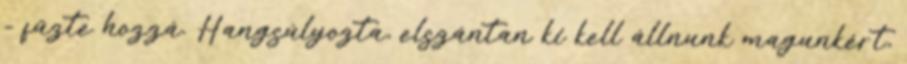
- fűzte hozzá. Hangsúlyozta, elszántan ki kell állnunk magunkért,